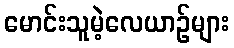
မောင်းသူမဲ့လေယာဉ်များ